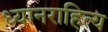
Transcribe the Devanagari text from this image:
ध्यानराहित्य